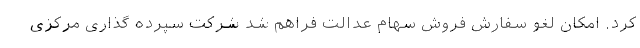
کرد. امکان لغو سفارش فروش سهام عدالت فراهم شد شرکت سپرده گذاری مرکزی